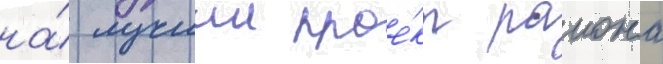
на́ лучшии прое́кт раиона